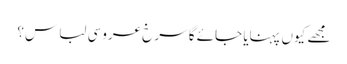
مجھے کیوں پہنایا جائے گا سرخ عروسی لباس؟